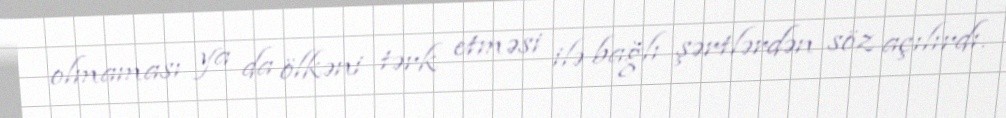
olmaması ya da ölkəni tərk etməsi ilə bağlı şərtlərdən söz açılırdı.